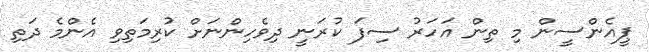
ޕީއެންސީން މި ތިން އަހަރު ސިފަ ކުރަނީ ދިވެހިންނަށް ކުރިމަތިވި އެންމެ ދަތި